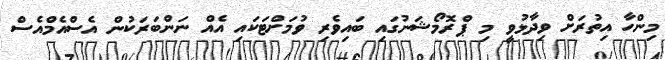
މިންހާ އިތުރަށް ވިދާޅުވީ މި ޕްރޮމޯޝަނުގައި ބައިވެރި ވުމަށްޓަކައި އެއް ނަންބަރަކުން އެސްއެމްއެސް